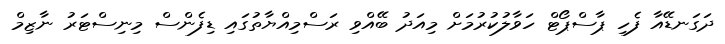
ދަގަނޑޭއާ ފެހި ޕާސްޕޯޓް ހަވާލުކުރުމަށް މިއަދު ބޭއްވި ރަސްމިއްޔާތުގައި ޑިފެންސް މިނިސްޓަރު ނާޒިމް